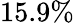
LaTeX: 15.9\%